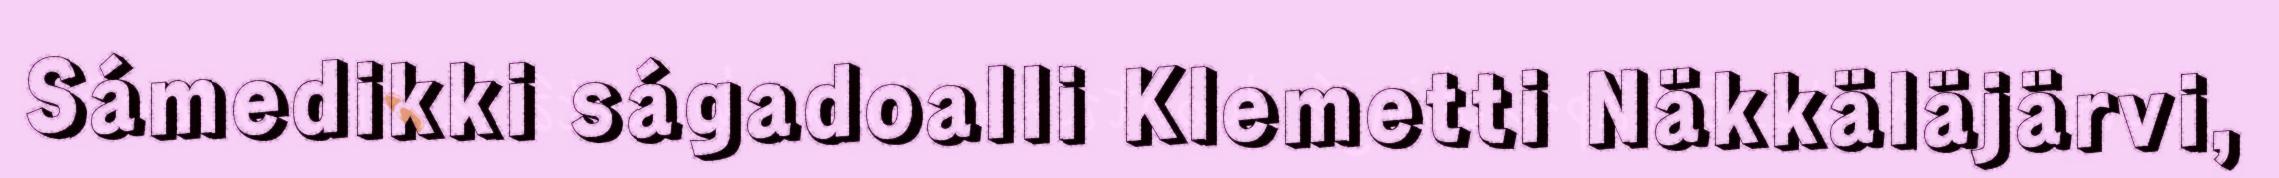
Sámedikki ságadoalli Klemetti Näkkäläjärvi,